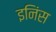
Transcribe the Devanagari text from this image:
इनिंस